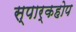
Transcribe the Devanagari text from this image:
स्पार्कहोप